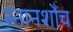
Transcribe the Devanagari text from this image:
स्नानशौच